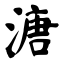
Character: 溏